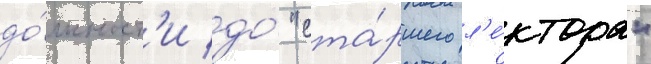
до́лжност'и до́ "ста́ршего л'е́ктора"